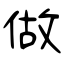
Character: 做